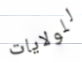
للولايات